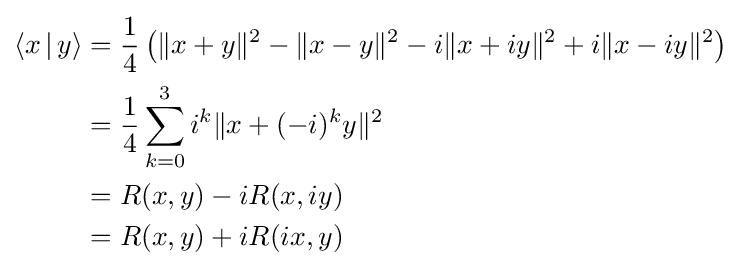
{\begin{alignedat}{4}\langle x\,|\,y\rangle &={\frac {1}{4}}\left(\|x+y\|^{2}-\|x-y\|^{2}-i\|x+iy\|^{2}+i\|x-iy\|^{2}\right)\\&={\frac {1}{4}}\sum _{k=0}^{3}i^{k}\|x+(-i)^{k}y\|^{2}\\&=R(x,y)-iR(x,iy)\\&=R(x,y)+iR(ix,y)\\\end{alignedat}}